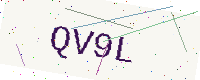
Text: QV9L